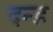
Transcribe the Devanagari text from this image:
दन्ड